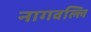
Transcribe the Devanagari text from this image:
नागवल्लि